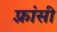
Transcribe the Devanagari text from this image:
फ़्रांसी